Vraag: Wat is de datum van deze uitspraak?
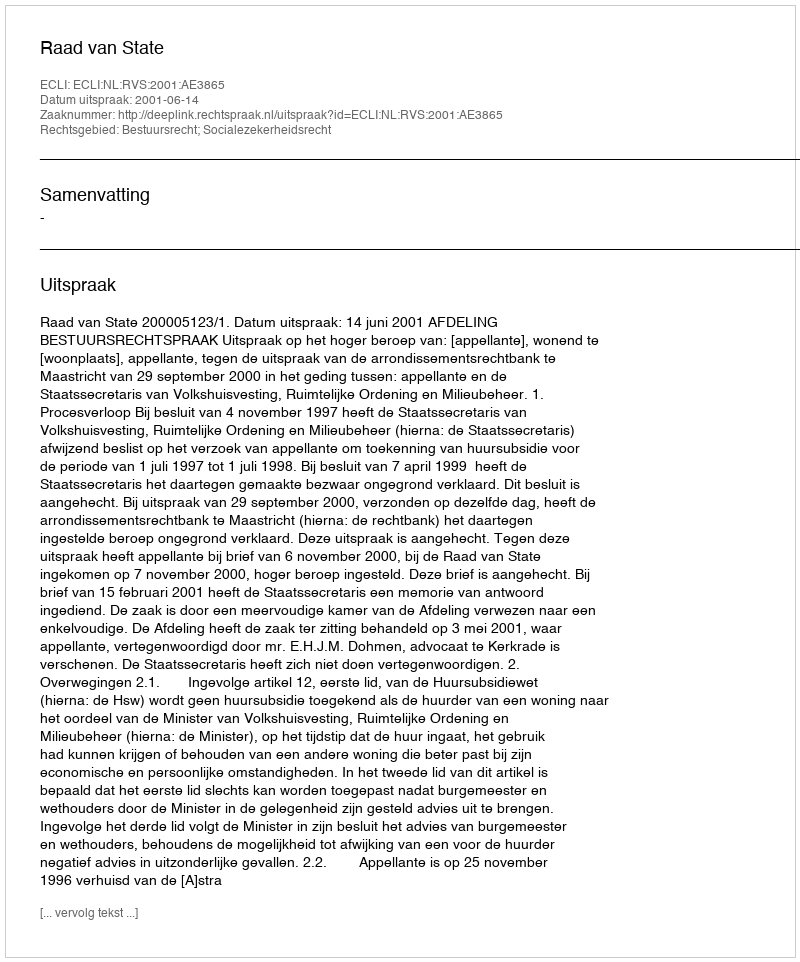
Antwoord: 2001-06-14